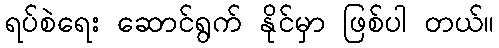
ရပ်စဲရေး ဆောင်ရွက် နိုင်မှာ ဖြစ်ပါ တယ်။